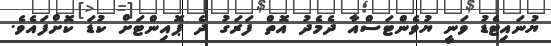
ޔުނައިޓެޑު ވަނީ ޔުވެންޓަސްއާ ދެމެދު އޮތް ފަރަގު ދެ ޕޮއިންޓަށް ކުޑަ ކޮށްފައެވެ.